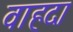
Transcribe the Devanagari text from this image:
वाहदा